65_HS1-834228961_62-HQ-83894_SUB_A
Agency: FBI
Page 40
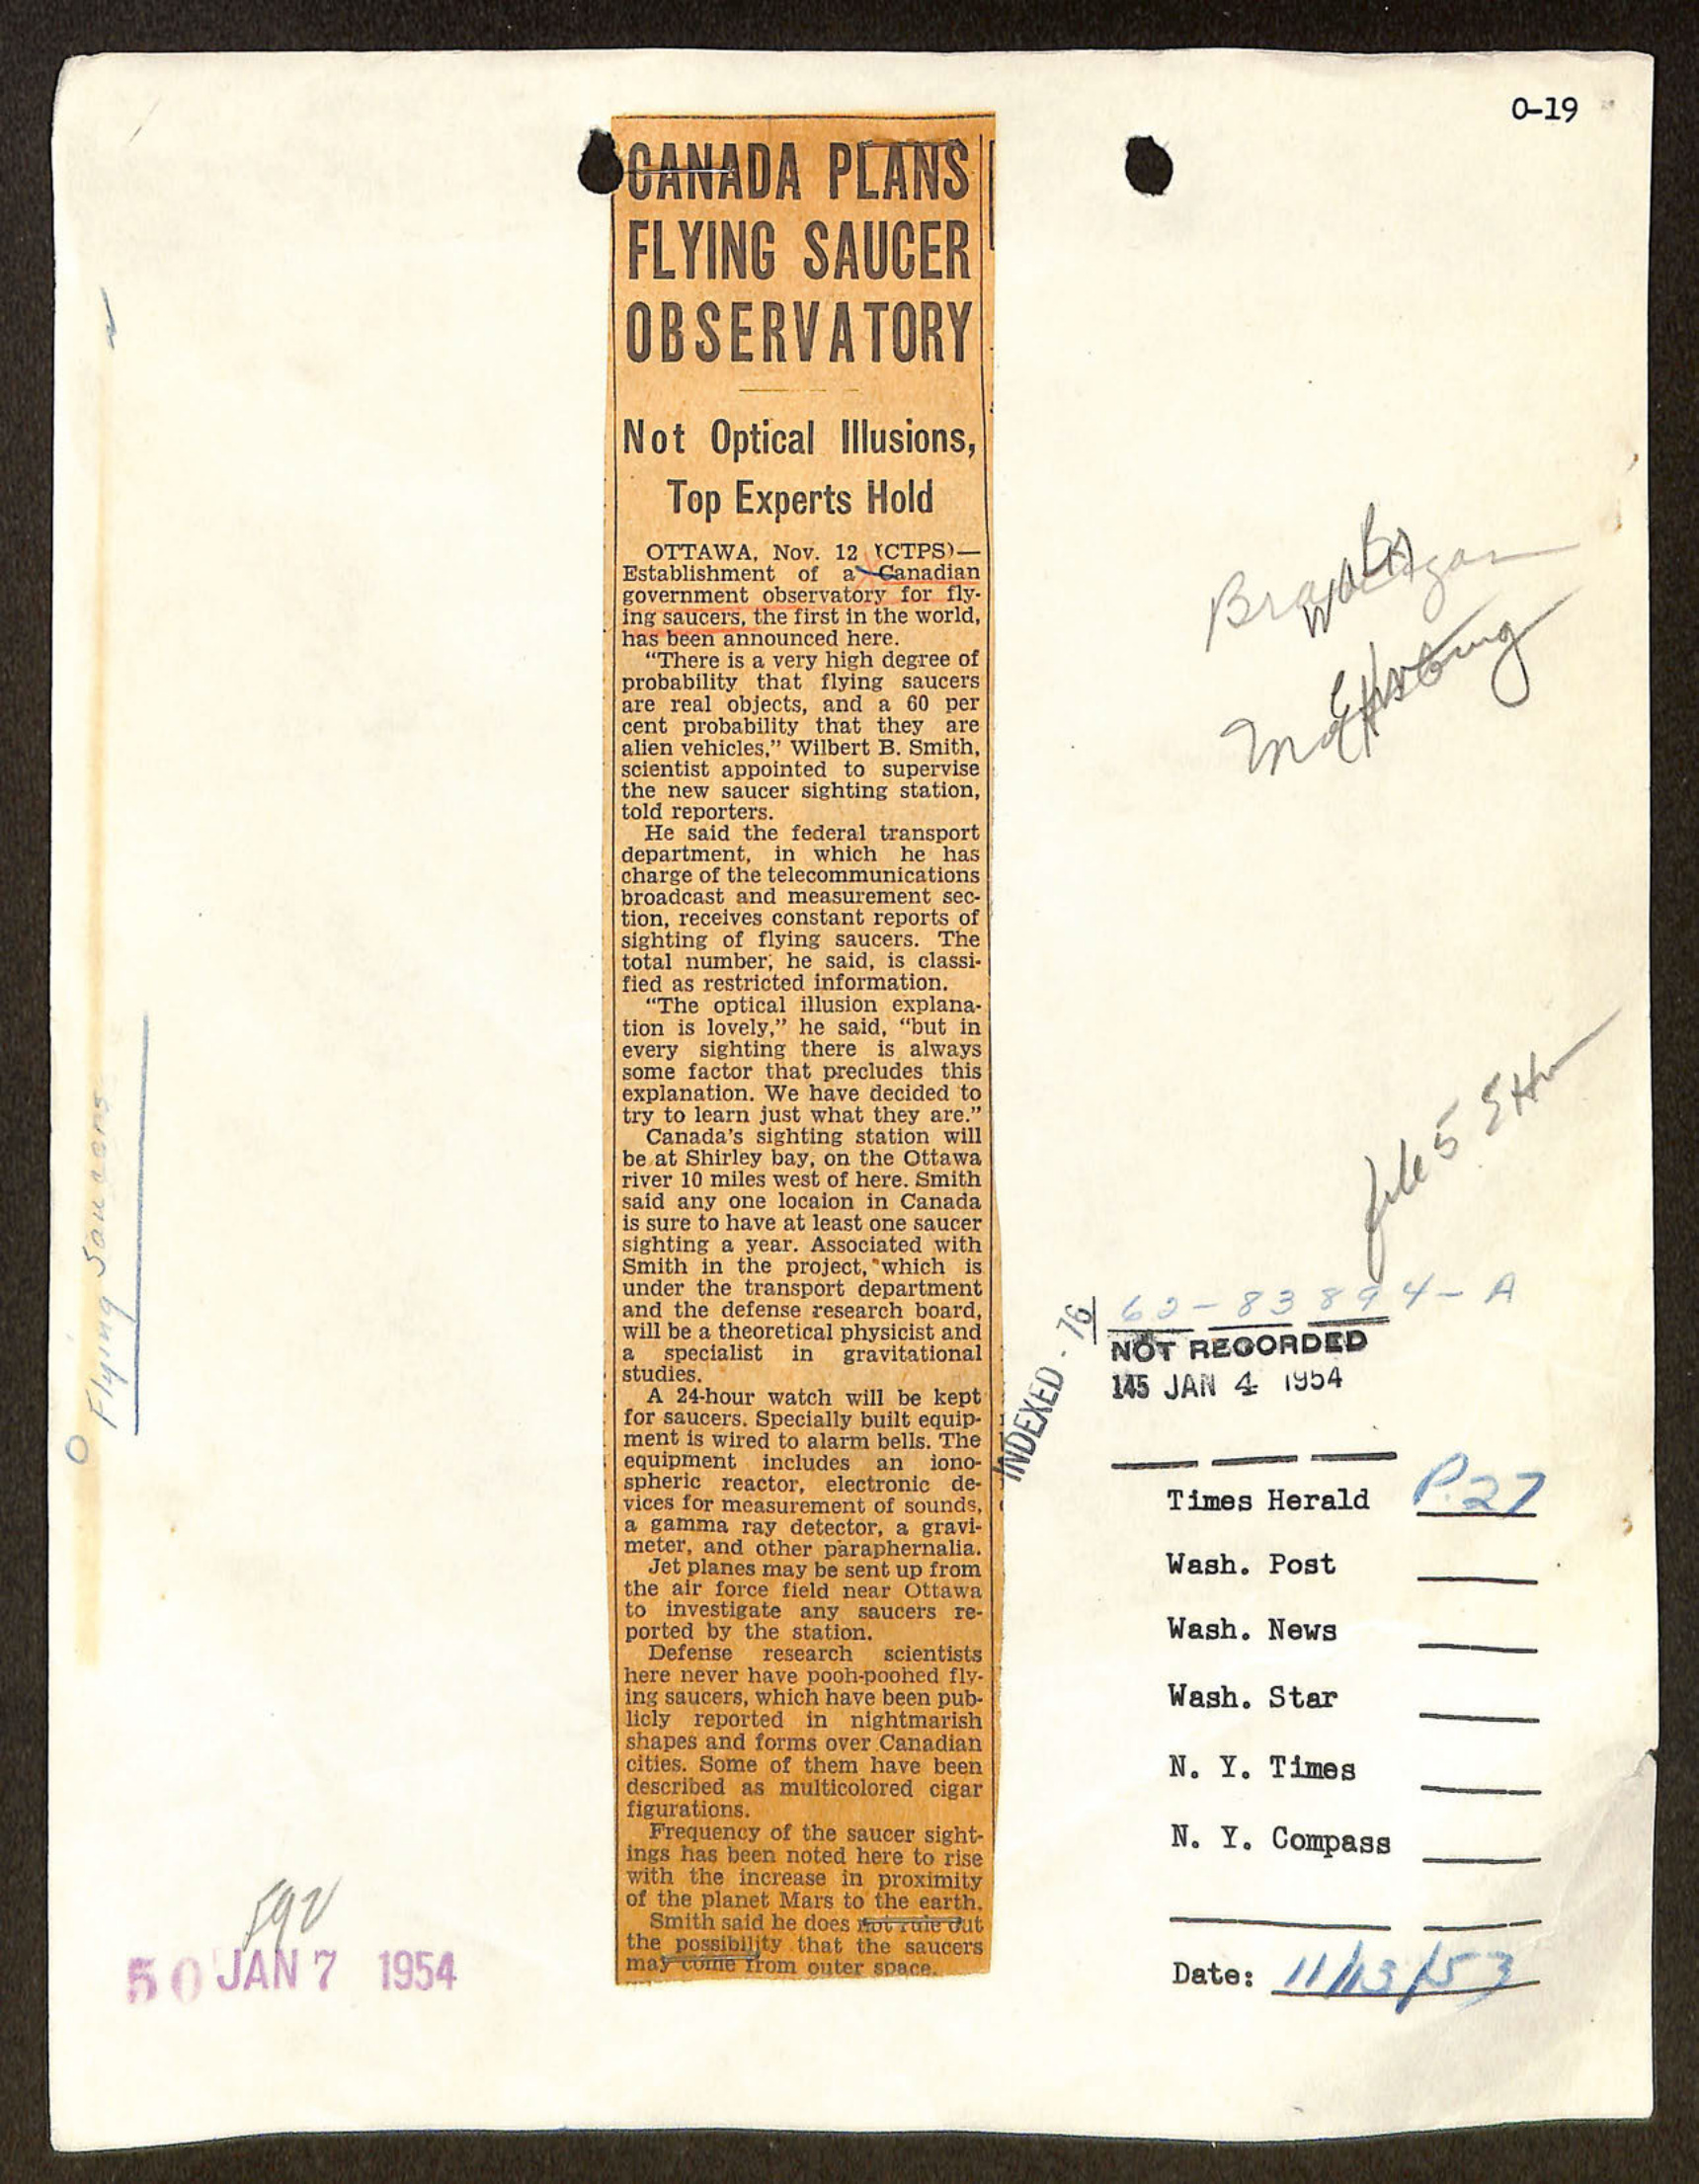